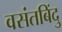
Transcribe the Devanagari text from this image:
वसंतबिंदु